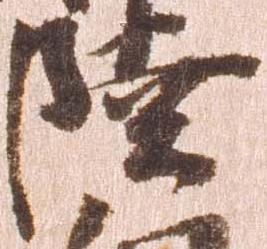
陸